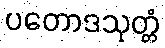
ပတောဒသုတ္တံ